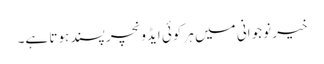
خیر نوجوانی میں ہر کوئی ایڈونچر پسند ہوتا ہے۔